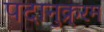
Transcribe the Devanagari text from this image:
पदानुक्र्रम